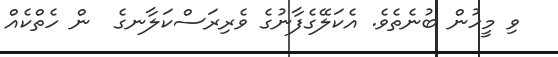
ވި މީހުން ބުނެތެވެ. އެކަލޭގެފާނުގެ ވެރިރަސްކަލާނގެ  ން ހެތްކެއް